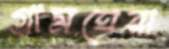
গ্রামঘেরা